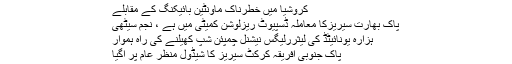
کروشیا میں خطرناک ماؤنٹین بائیکنگ کے مقابلے
پاک بھارت سیریزکا معاملہ ڈسپیوٹ ریزلوشن کمیٹی میں ہے ، نجم سیٹھی
ہزارہ یونائیٹڈ کی لیثررلیگس نیشنل چمپئن شپ کھیلنے کی راہ ہموار
پاک جنوبی افریقہ کرکٹ سیریز کا شیڈول منظر عام پر آگیا